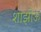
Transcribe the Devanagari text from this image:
शाझोऊ